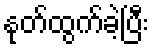
နုတ်ထွက်ခဲ့ပြီး